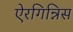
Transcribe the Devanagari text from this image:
ऐरगिन्निस